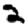
Digit: 2